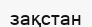
зақстан